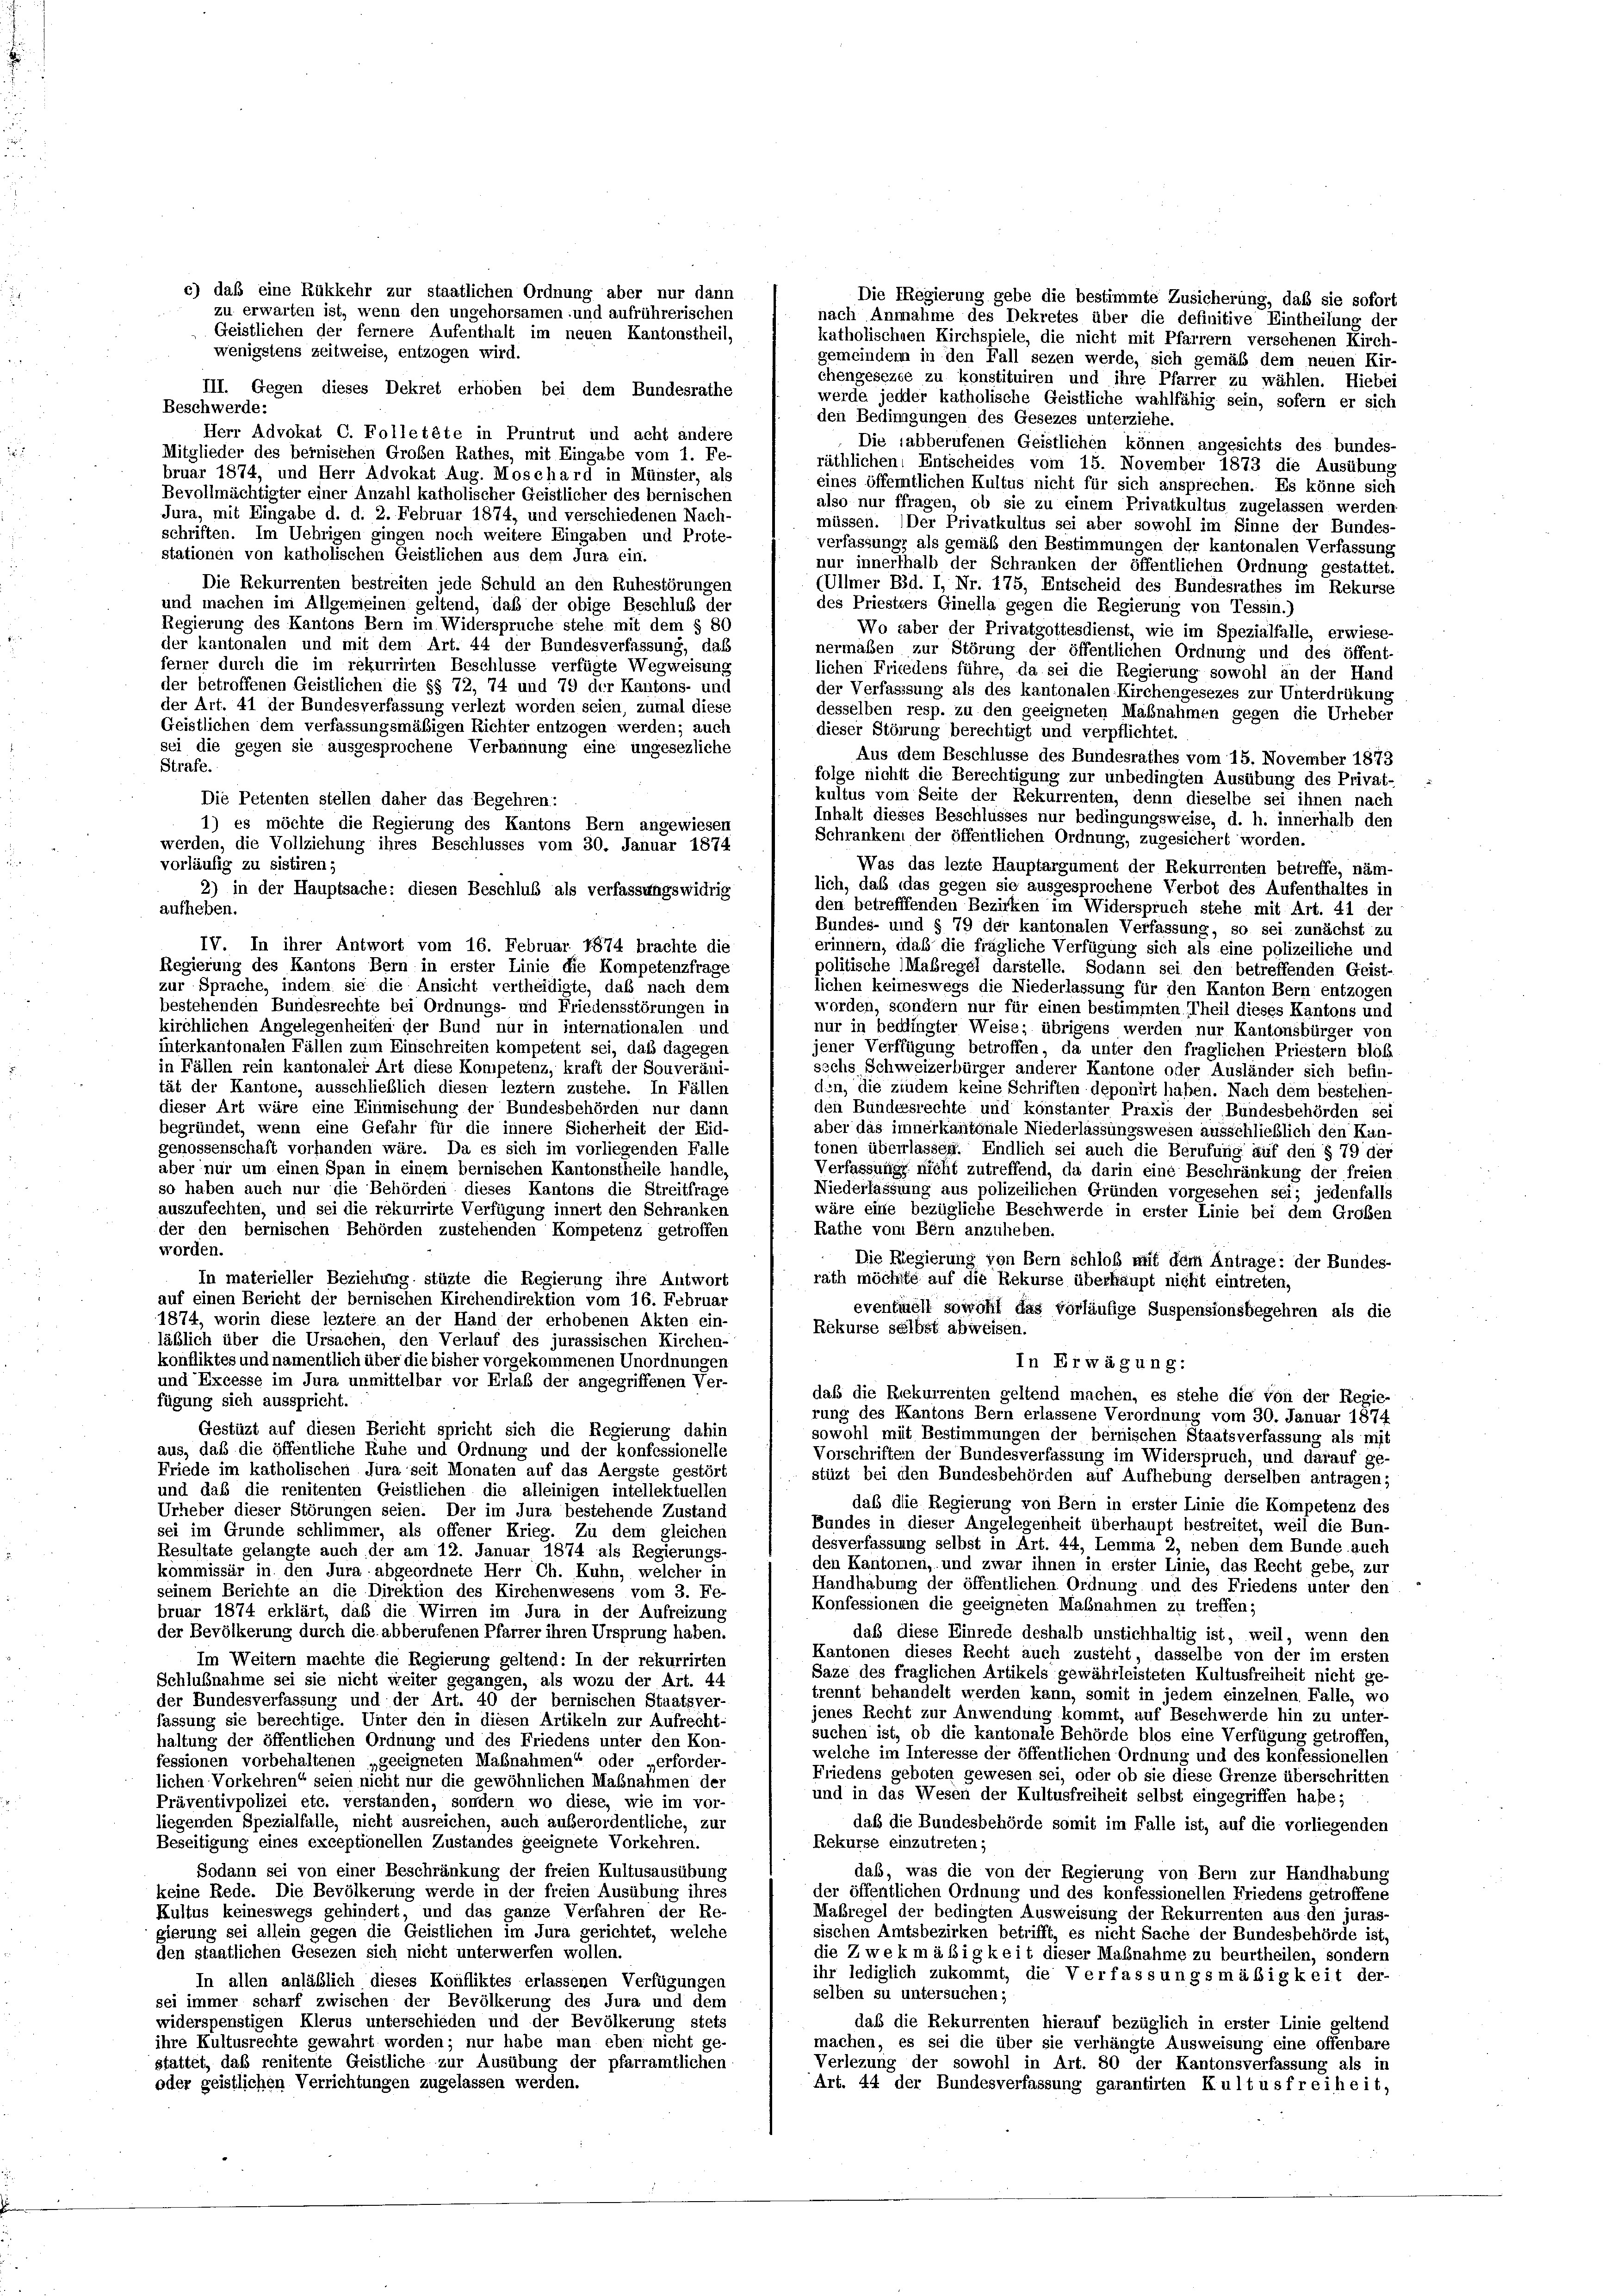
Die Regierung gebe die bestimmte Zusicherung, daß sie sofort
nach Annahme des Dekretes über die definitive Eintheilung der
katholischen Kirchspiele, die nicht mit Pfarrern versehenen Kirch-
wenigstens zeitweise, entzogen wird.
gemeinden in den Fall sezen werde, sich gemäß dem neuen Kir-
chengesezte zu konstituiren und ihre Pfarrer zu wählen. Hiebei
III. Gegen dieses Dekret erhoben bei dem Bundesrathe
werde jeder katholische Geistliche wahlfähig sein, sofern er sich
Beschwerde:
den Bedingungen des Gesezes unterziehe.
Herr Advokat C. Folletête in Pruntrut und acht andere
Die abberufenen Geistlichen können angesichts des bundes-
Mitglieder des bernischen Großen Rathes, mit Eingabe vom 1. Fe-
räthlichen Entscheides vom 15. November 1873 die Ausübung
bruar 1874, und Herr Advokat Aug. Moschard in Münster, als
eines öffentlichen Kultus nicht für sich ansprechen. Es könne sich
Bevollmächtigter einer Anzahl katholischer Geistlicher des bernischen
also nur ffragen, ob sie zu einem Privatkultus zugelassen werden.
Jura, mit Eingabe d. d. 2. Februar 1874, und verschiedenen Nach-
müssen. (Der Privatkultus sei aber sowohl im Sinne der Bundes-
schriften. Im Uebrigen gingen noch weitere Eingaben und Prote-
verfassung, als gemäß den Bestimmungen der kantonalen Verfassung
stationen von katholischen Geistlichen aus dem Jura ein.
nur innerthalb der Schranken der öffentlichen Ordnung gestattet.
Die Rekurrenten bestreiten jede Schuld an den Ruhestörungen
(Ullmer Bd. I, Nr. 175, Entscheid des Bundesrathes im Rekurse
und machen im Allgemeinen geltend, daß der obige Beschluß der
des Priestiers Ginella gegen die Regierung von Tessin.)
Regierung des Kantons Bern im Widerspruche stehe mit dem § 80
Wo taber der Privatgottesdienst, wie im Spezialfalle, erwiese-
der kantonalen und mit dem Art. 44 der Bundesverfassung, das
nermaßen zur Störung der öffentlichen Ordnung und des öffent
ferner durch die im rekurrirten Beschlüsse verfügte Wegweisung
lichen Friedens führe, da sei die Regierung sowohl an der Hand
der betroffenen Geistlichen die §§ 72, 74 und 79 der Kantons- und
der Verfassung als des kantonalen Kirchengesezes zur Unterdrükung
der Art. 41 der Bundesverfassung verlezt worden seien, zumal diese
desselben resp. zu den geeigneten Maßnahmen gegen die Urheber
Geistlichen dem verfassungsmäßigen Richter entzogen werden; auch
dieser Störung berechtigt und verpflichtet.
sei die gegen sie ausgesprochene Verbannung eine ungesezliche
Aus dem Beschlüsse des Bundesrathes vom 15. November 1873
Strafe.
folge nicht die Berechtigung zur unbedingten Ausübung des Privat-
kultus vom Seite der Rekurrenten, denn dieselbe sei ihnen nach
Inhalt diesses Beschlusses nur bedingungsweise, d. h. innerhalb den
Schranken der öffentlichen Ordnung, zugesichert worden.
Was das lezte Hauptargument der Rekurrenten betreffe, näm
lich, daß das gegen sie ausgesprochene Verbot des Aufenthaltes in
2) in der Hauptsache: diesen Beschluß als verfassungswidrig
den betrefffenden Bezirken im Widerspruch stehe mit Art. 41 der
aufheben.
Bundes- und § 79 der kantonalen Verfassung, so sei zunächst zu
IV. In ihrer Antwort vom 16. Februar 1874 brachte die
erinnern, daß die frägliche Verfügung sich als eine polizeiliche und
Regierung des Kantons Bern in erster Linie die Kompetenzfrage
politische Maßregel darstelle. Sodann sei den betreffenden Geist-
zur Sprache, indem sie die Ansicht vertheidigte, daß nach dem
lichen keineswegs die Niederlassung für den Kanton Bern entzogen
bestehenden Bundesrechte bei Ordnungs- und Friedensstörungen in
worden, sondern nur für einen bestimmten Theil dieses Kantons und
kirchlichen Angelegenheiten der Bund nur in internationalen und
nur in bedingter Weise; übrigens werden nur Kantonsbürger von
interkantonalen Fällen zum Einschreiten kompetent sei, daß dagegen
jener Verffügung betroffen, da unter den fraglichen Priestern blold
in Fällen rein kantonaler Art diese Kompetenz, kraft der Souveräni-
sechs Schweizerbürger anderer Kantone oder Ausländer sich befin-
tät der Kantone, ausschließlich diesen leztem zustehe. In Fällen
den, die zindem keine Schriften deponirt haben. Nach dem bestelien-
dieser Art wäre eine Einmischung der Bundesbehörden nur dann
den Bundesrechte und konstanter Praxis der Bundesbehörden sei
begründet, wenn eine Gefahr für die innere Sicherheit der Eid-
aber das imnerkantonale Niederlassungswesen ausschließlich den Kan-
genossenschaft vorhanden wäre. Da es sich im vorliegenden Falle
tonen überlassen. Endlich sei auch die Berufung auf den § 79 der
aber nur um einen Span in einem bernischen Kantonstheile handle,
Verfassung nicht zutreffend, da darin eine Beschränkung der freien
so haben auch nur die Behörden dieses Kantons die Streitfrage
Niederlassung aus polizeilichen Gründen vorgesehen sei; jedenfalls
auszufechten, und sei die rekurrirte Verfügung innert den Schranken
wäre eine bezügliche Beschwerde in erster Linie bei dem Großen
der den bernischen Behörden zustehenden Kompetenz getroffen
Rathe vom Bern anzuheben.
worden.
Die Regierung von Bern schloß mit dem Antrage: der Bundes-
In materieller Beziehung stüzte die Regierung ihre Antwort
rath möchte auf die Rekurse überhaupt nicht eintreten,
auf einen Bericht der bernischen Kirchendirektion vom 16. Februar
eventuell sowohl das vorläufige Suspensionsbegehren als die
1874, worin diese leztere an der Hand der erhobenen Akten ein-
Rekurse selbst abweisen.
läßlich über die Ursachen, den Verlauf des jurassischen Kirchen-
konfliktes und namentlich über die bisher vorgekommenen Unordnungen
In Erwägung:
und Excesse im Jura unmittelbar vor Erlaß der angegriffenen Ver-
daß die Rekurrenten geltend machen, es stehe die von der Regie-
fügung sich ausspricht.
rung des Kantons Bern erlassene Verordnung vom 30. Januar 1874
Gestüzt auf diesen Bericht spricht sich die Regierung dahin
sowohl mit Bestimmungen der beinischen Staatsverfassung als mit
aus, daß die öffentliche Ruhe und Ordnung und der konfessionelle
Vorschriften der Bundesverfassung im Widerspruch, und darauf ge-
Friede im katholischen Jura seit Monaten auf das Aergste gestört
stüzt bei den Bundesbehörden auf Aufhebung derselben antragen;
und daß die renitenten Geistlichen die alleinigen intellektuellen
daß die Regierung von Bern in erster Linie die Kompetenz des
Urheber dieser Störungen seien. Der im Jura bestehende Zustand
Bundes in dieser Angelegenheit überhaupt bestreitet, weil die Bun-
sei im Grunde schlimmer, als offener Krieg. Zu dem gleichen
desverfassung selbst in Art. 44, Lemma 2, neben dem Bunde auch
Resultate gelangte auch der am 12. Januar 1874 als Regierungs-
den Kantonen, und zwar ihnen in erster Linie, das Recht gebe, zur
kommissär in den Jura abgeordnete Herr Ch. Kuhn, welcher in
Handhabung der öffentlichen Ordnung und des Friedens unter den
seinem Berichte an die Direktion des Kirchenwesens vom 3. Fe-
Konfessionen die geeigneten Maßnahmen zu treffen;
bruar 1874 erklärt, daß die Wirren im Jura in der Aufreizung
der Bevölkerung durch die abberufenen Pfarrer ihren Ursprung haben.
daß diese Einrede deshalb unstichhaltig ist, weil, wenn den
Kantonen dieses Recht auch zusteht, dasselbe von der im ersten
Im Weitern machte die Regierung geltend: In der rekurrirten
Saze des fraglichen Artikels gewährleisteten Kultusfreiheit nicht ge-
Schlußnahme sei sie nicht weiter gegangen, als wozu der Art. 44
trennt behandelt werden kann, somit in jedem einzelnen Falle, wo
der Bundesverfassung und der Art. 40 der bernischen Staatsver-
jenes Recht zur Anwendung kommt, auf Beschwerde hin zu unter-
fassung sie berechtige. Unter den in diesen Artikeln zur Aufrecht-
suchen ist, ob die kantonale Behörde blos eine Verfügung getroffen,
haltung der öffentlichen Ordnung und des Friedens unter den Kon-
welche im Interesse der öffentlichen Ordnung und des konfessionellen
fessionen vorbehaltenen „geeigneten Mabnahmen“ oder „erforder-
Friedens geboten gewesen sei, oder ob sie diese Grenze überschritten
lichen Vorkehren“ seien nicht nur die gewöhnlichen Maßnahmen der
und in das Wesen der Kultusfreiheit selbst eingegriffen habe;
Präventivpolizei etc. verstanden, sondern wo diese, wie im vor-
liegenden Spezialfalle, nicht ausreichen, auch außerordentliche, zur
daß die Bundesbehörde somit im Falle ist, auf die vorliegenden
Rekurse einzutreten;
Beseitigung eines exceptionellen Zustandes geeignete Vorkehren.
Sodann sei von einer Beschränkung der freien Kultusausübung
daß, was die von der Regierung von Bern zur Handhabung
keine Rede. Die Bevölkerung werde in der freien Ausübung ihres
der öffentlichen Ordnung und des konfessionellen Friedens getroffene
Maßregel der bedingten Ausweisung der Rekurrenten aus den juras-
Kultus keineswegs gehindert, und das ganze Verfahren der Re-
gierung sei allein gegen die Geistlichen im Jura gerichtet, welche
sischen Amtsbezirken betrifft, es nicht Sache der Bundesbehörde ist,
den staatlichen Gesezen sich nicht unterwerfen wollen.
die Zwekmäßigkeit dieser Maßnahme zu beurtheilen, sondern
ihr lediglich zukommt, die Verfassungsmäßigkeit der-
In allen anläßlich dieses Konfliktes erlassenen Verfügungen
selben su untersuchen;
sei immer scharf zwischen der Bevölkerung des Jura und dem
widerspenstigen Klerus unterschieden und der Bevölkerung stets
daß die Rekurrenten hierauf bezüglich in erster Linie geltend
ihre Kultusrechte gewahrt worden; nur habe man eben nicht ge-
machen, es sei die über sie verhängte Ausweisung eine offenbare
stattet, das renitente Geistliche zur Ausübung der pfarramtlichen
Verlegung der sowohl in Art. 80 der Kantonsverfassung als in
oder geistlichen Verrichtungen zugelassen werden.
Art. 44 der Bundesverfassung garantirten Kultus freiheit,

Die Petenten stellen daher das Begehren:
1) es möchte die Regierung des Kantons Bern angewiesen
werden, die Vollziehung ihres Beschlusses vom 30. Januar 1874
vorläufig zu sistiren;

c) daß eine Rükkehr zur staatlichen Ordnung aber nur dann
zu erwarten ist, wenn den ungehorsamen- und aufrührerischen
Geistlichen der fernere Aufenthalt im neuen Kantonstheil,